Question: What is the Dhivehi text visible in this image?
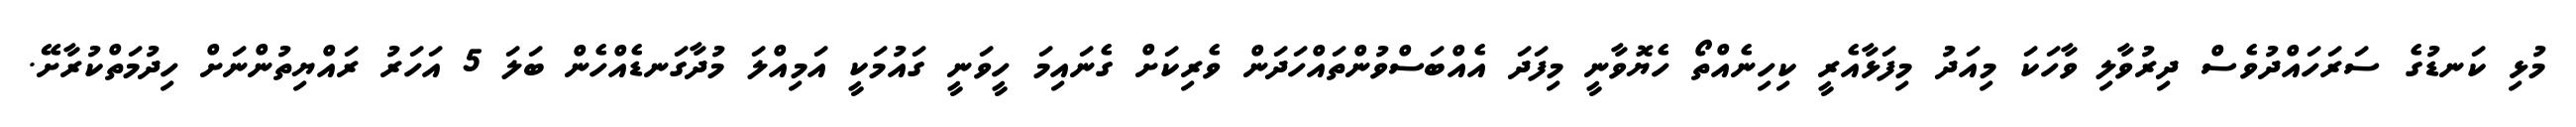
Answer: މުޅި ކަނޑުގެ ސަރަހައްދުވެސް ދިރުވާލި ވާހަކަ މިއަދު މިފަޅާއެރީ ކިހިނެއްތޯ ހެޔޮވާނީ މިފަދަ އެއްބަސްވުންތައްހަދަން ވެރިކަށް ގެނައިމަ ހީވަނީ ގައުމަކީ އަމިއްލަ މުދާގަނޑެއްހެން ބަލަ 5 އަހަރު ރައްޔިތުންނަށް ހިދުމަތްކުރާށޭ.